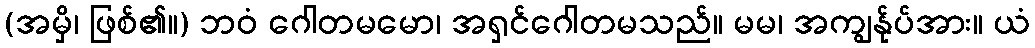
(အမှိ၊ ဖြစ်၏။) ဘဝံ ဂေါတမမော၊ အရှင်ဂေါတမသည်။ မမ၊ အကျွန်ုပ်အား။ ယံ